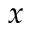
x